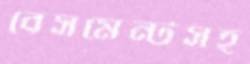
বেসমেন্টসহ